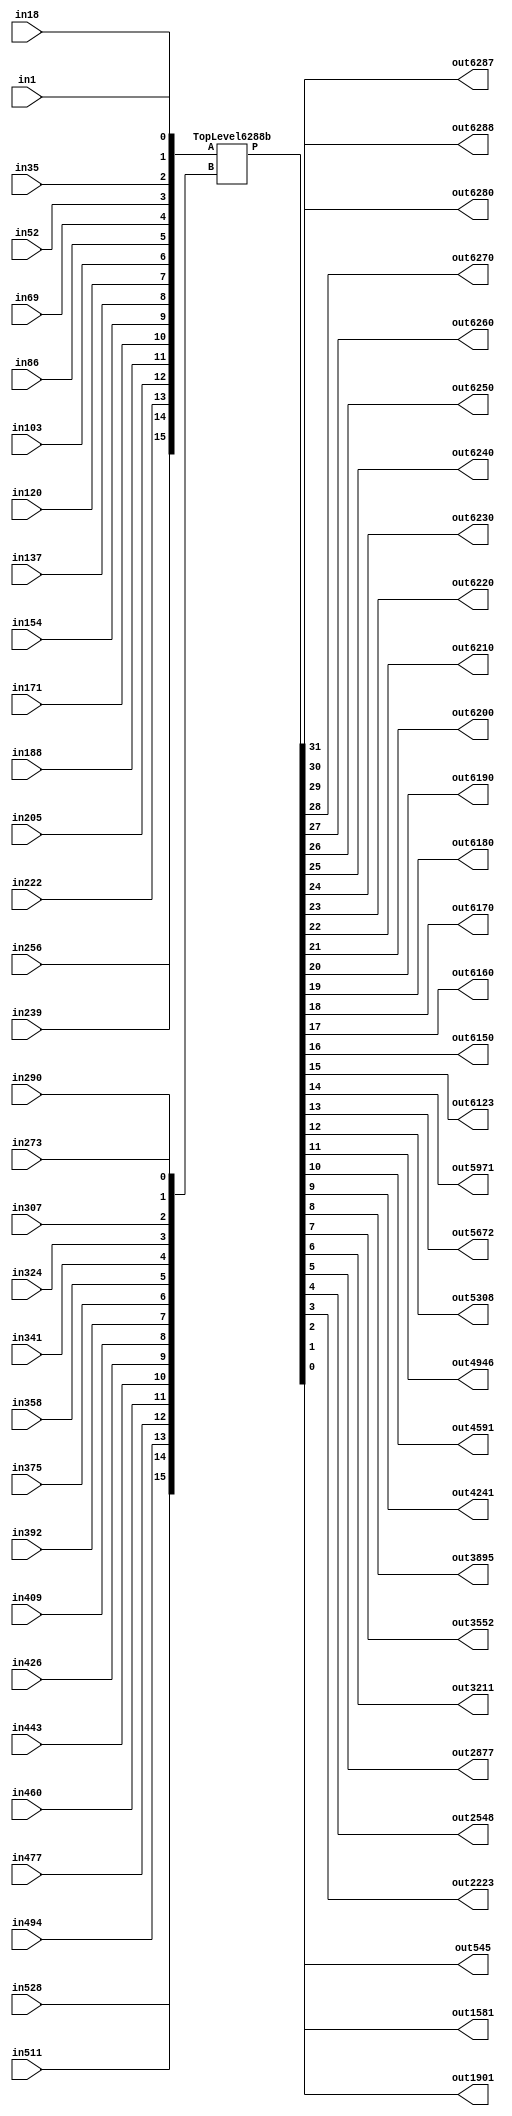
/****************************************************************************
 *                                                                          *
 *  VERILOG BEHAVIORAL DESCRIPTION OF THE ISCAS-85 BENCHMARK CIRCUIT c6288  *
 *                                                                          *
 *  Function: 16 x 16 Multiplier                                            *
 *                                                                          *
 *  Written by: Mark C. Hansen                                              *
 *                                                                          *
 *                                                                          *
 ****************************************************************************/

module Circuit6288h (in256, in239, in222, in205, in188, in171, in154, in137, 
                 in120, in103, in86, in69, in52, in35, in18, in1,
                 in528, in511, in494, in477, in460, in443, in426, in409,
                 in392, in375, in358, in341, in324, in307, in290, in273,
                 out6287, out6288, out6280, out6270,
                 out6260, out6250, out6240, out6230, 
                 out6220, out6210, out6200, out6190, 
                 out6180, out6170, out6160, out6150, 
                 out6123, out5971, out5672, out5308, 
                 out4946, out4591, out4241, out3895,
                 out3552, out3211, out2877, out2548,
                 out2223, out1901, out1581, out545);

  input          in256, in239, in222, in205, in188, in171, in154, in137, 
                 in120, in103, in86, in69, in52, in35, in18, in1,
                 in528, in511, in494, in477, in460, in443, in426, in409,
                 in392, in375, in358, in341, in324, in307, in290, in273;
  output         out6287, out6288, out6280, out6270,
                 out6260, out6250, out6240, out6230, 
                 out6220, out6210, out6200, out6190, 
                 out6180, out6170, out6160, out6150, 
                 out6123, out5971, out5672, out5308, 
                 out4946, out4591, out4241, out3895,
                 out3552, out3211, out2877, out2548,
                 out2223, out1901, out1581, out545;

  wire [15:0]   A, B;
  wire [31:0]   P;

  assign
      A[15:0] = {in256, in239, in222, in205, in188, in171, in154, in137, 
                 in120, in103, in86, in69, in52, in35, in18, in1},
      B[15:0] = {in528, in511, in494, in477, in460, in443, in426, in409,
                 in392, in375, in358, in341, in324, in307, in290, in273},
      {out6287, out6288, out6280, out6270,
       out6260, out6250, out6240, out6230, 
       out6220, out6210, out6200, out6190, 
       out6180, out6170, out6160, out6150, 
       out6123, out5971, out5672, out5308, 
       out4946, out4591, out4241, out3895,
       out3552, out3211, out2877, out2548,
       out2223, out1901, out1581, out545} = P[31:0];
	
  TopLevel6288b Ckt6288b (A, B, P);

endmodule /* Circuit6288b */

/*************************************************************************/

module TopLevel6288b (A, B, P);

  input[15:0]	A, B;
  output[31:0]	P;

  assign P = A*B;

endmodule /* TopLevel6288b */

/*************************************************************************/